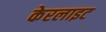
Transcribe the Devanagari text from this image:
केरलाइट